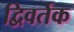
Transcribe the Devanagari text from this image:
द्विवर्तक